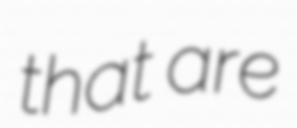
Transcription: that are